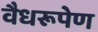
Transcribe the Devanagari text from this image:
वैधरूपेण